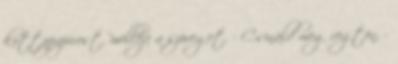
kottapapirost, melléje a szöveget. - Csináld meg rögtön. -